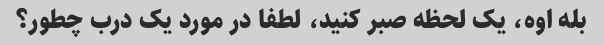
بله اوه، یک لحظه صبر کنید، لطفا در مورد یک درب چطور؟